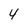
Character: 4